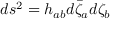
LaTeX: d s ^ { 2 } = h _ { a b } d \bar { \zeta } _ { a } d \zeta _ { b }